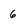
Character: 6